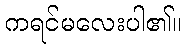
ကရင်မလေးပါ၏။